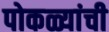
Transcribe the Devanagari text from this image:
पोकळ्यांची